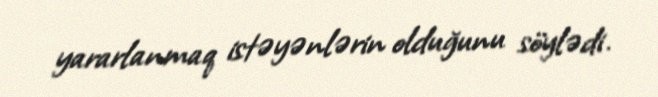
yararlanmaq istəyənlərin olduğunu söylədi.